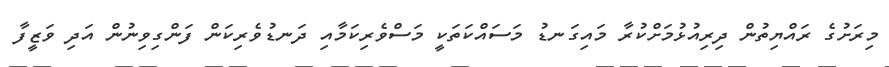
މިރަށުގެ ރައްޔިތުން ދިރިއުޅުމަށްކުރާ މައިގަނޑު މަސައްކަތަކީ މަސްވެރިކަމާއި ދަނޑުވެރިކަން ފަންގިވިނުން އަދި ވަޒީފާ